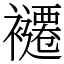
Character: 𮖽